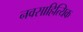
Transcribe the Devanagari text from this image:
नवसाहित्यिक